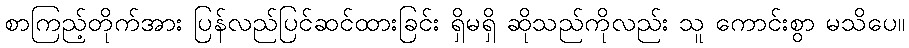
စာကြည့်တိုက်အား ပြန်လည်ပြင်ဆင်ထားခြင်း ရှိမရှိ ဆိုသည်ကိုလည်း သူ ကောင်းစွာ မသိပေ။